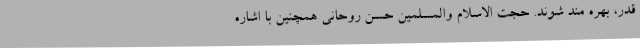
قدر، بهره مند شوند. حجت الاسلام والمسلمین حسن روحانی همچنین با اشاره